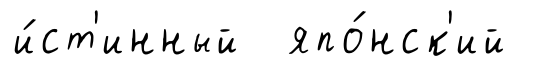
и́ст'инный япо́нск'ий